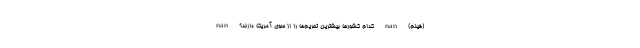
(فیلم) nan کدام کشورها بیشترین تحریم‌ها را از سوی آمریکا دارند؟ nan